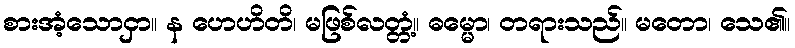
စားအံ့သောငှာ။ န ဟေဟိတိ၊ မဖြစ်လတ္တံ့။ ဓမ္မော၊ တရားသည်။ မတော၊ သေ၏။